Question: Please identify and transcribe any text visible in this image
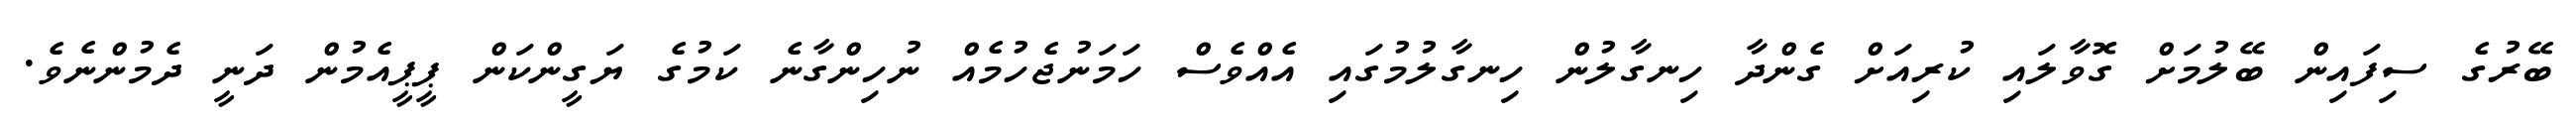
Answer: ބޭރުގެ ސިފައިން ބޭލުމަށް ގޮވާލައި ކުރިއަށް ގެންދާ ހިނގާލުން ހިނގާލުމުގައި އެއްވެސް ހަމަނުޖެހުމެއް ނުހިންގާނެ ކަމުގެ ޔަގީންކަން ޕީޕީއެމުން ދަނީ ދެމުންނެވެ.